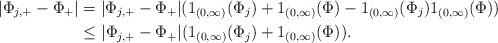
LaTeX: \begin{align*}|\Phi_{j,+}-\Phi_{+}|&= |\Phi_{j,+}-\Phi_{+}|(1_{(0,\infty)}(\Phi_j)+1_{(0,\infty)}(\Phi)-1_{(0,\infty)}(\Phi_j)1_{(0,\infty)}(\Phi) ) \\&\leq |\Phi_{j,+}-\Phi_{+}|(1_{(0,\infty)}(\Phi_j)+1_{(0,\infty)}(\Phi) ).\end{align*}